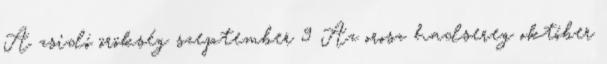
A zsidó örökség szeptember 9 Az orosz hadsereg október